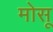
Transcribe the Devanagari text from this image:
मोसू